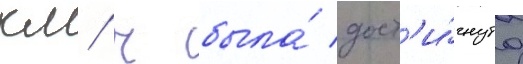
км/ ч была́ дост'и́гнута